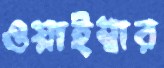
ওয়াইম্বার